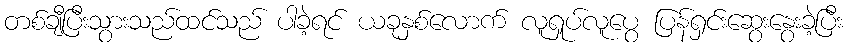
တစ်ချီပြီးသွားသည်ထင်သည် ပါခဲ့ရင် ယခုနှစ်လောက် လူရှုပ်လူပွေ ပြန်ရှင်းဆွေးနွေးခဲ့ပြီး